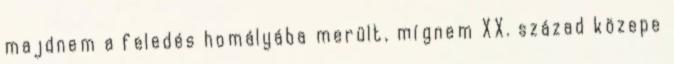
majdnem a feledés homályába merült, mígnem XX. század közepe